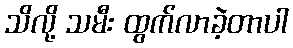
သိလို့ သမီး ထွက်လာခဲ့တာပါ